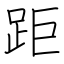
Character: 距